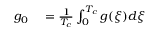
\begin{array} { r l } { g _ { 0 } } & { { } = \frac { 1 } { T _ { c } } \int _ { 0 } ^ { T _ { c } } g ( \xi ) d \xi } \end{array}